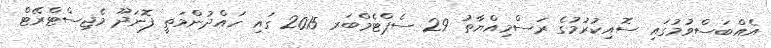
އެއްބަސްވުމުގައި ސޮއިކުރުމުގެ ރަސްމިއްޔާތު 29 ސެޕްޓެމްބަރ 2015 ގައި ހައްދުންމަތީ ފޮނަދޫ މެޖިސްޓްރޭޓް